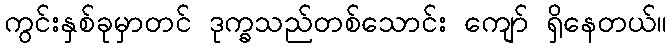
ကွင်းနှစ်ခုမှာတင် ဒုက္ခသည်တစ်သောင်း ကျော် ရှိနေတယ်။